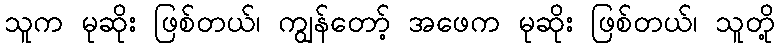
သူက မုဆိုး ဖြစ်တယ်၊ ကျွန်တော့် အဖေက မုဆိုး ဖြစ်တယ်၊ သူတို့